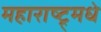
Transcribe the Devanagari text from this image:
महाराष्ट्र्मधे